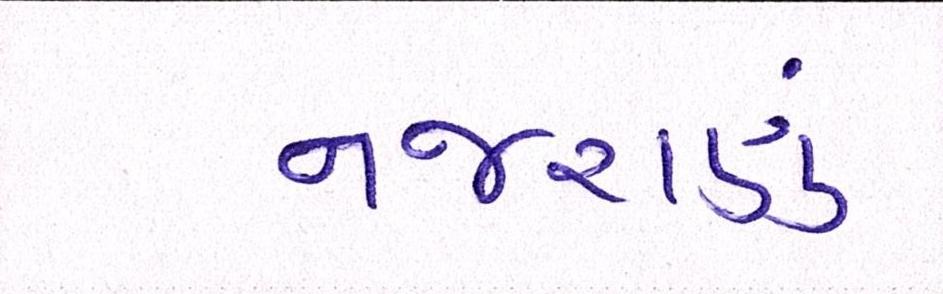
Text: નજરાણું